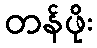
တန်ဖိုး